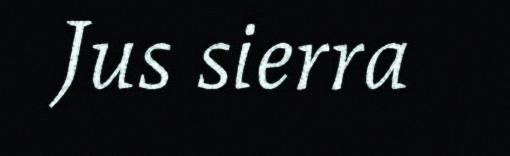
Jus sierra